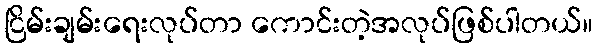
ငြိမ်းချမ်းရေးလုပ်တာ ကောင်းတဲ့အလုပ်ဖြစ်ပါတယ်။